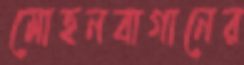
মোহনবাগানের